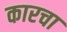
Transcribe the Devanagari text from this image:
कारचा